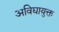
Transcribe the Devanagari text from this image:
अविद्यायुक्त